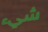
شيء